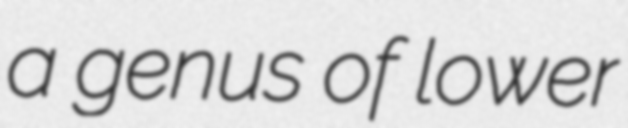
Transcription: a genus of lower